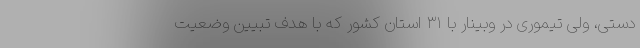
دستی، ولی تیموری در وبینار با ۳۱ استان کشور که با هدف تبیین وضعیت